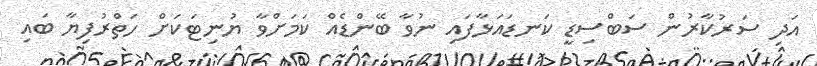
އަދި ސަރުކާރުން ސަބްސިޑީ ކަނޑައަޅާފައި ނުވާ ބޭންޑެއް ކަމަށްވާ ޔުނިޓަކަށް ހަތްރުފިޔާ ބައި